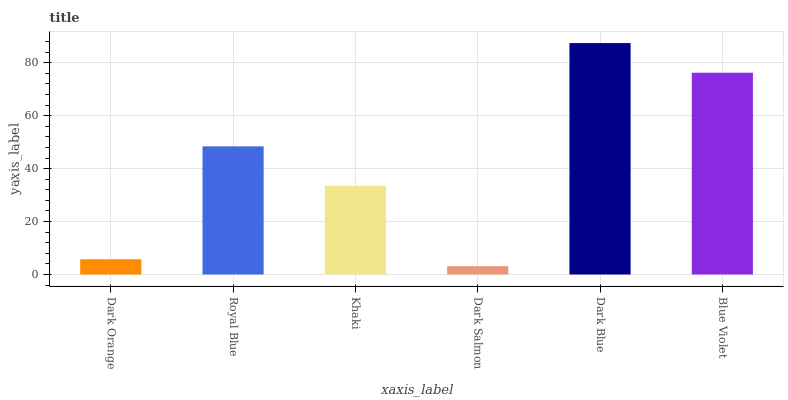
| xaxis_label | bars |
 | --- | --- |
 | Dark Orange | 5.76 |
 | Royal Blue | 48.4 |
 | Khaki | 33.5 |
 | Dark Salmon | 3.15 |
 | Dark Blue | 87.4 |
 | Blue Violet | 76.2 |